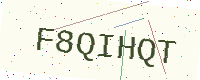
Text: F8QIHQT